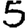
Digit: 5